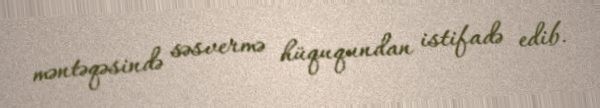
məntəqəsində səsvermə hüququndan istifadə edib.